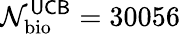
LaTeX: \mathcal{N}_{\mathrm{bio}}^{\sf UCB}=30056